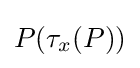
P(\tau _{x}(P))